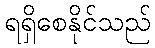
ရရှိစေနိုင်သည်